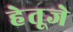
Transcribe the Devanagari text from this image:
हेतूजे